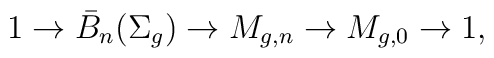
1 \to \bar B_n(\Sigma_g) \to M_{g,n} \to M_{g,0} \to 1 ,